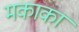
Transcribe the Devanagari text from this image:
मकाका